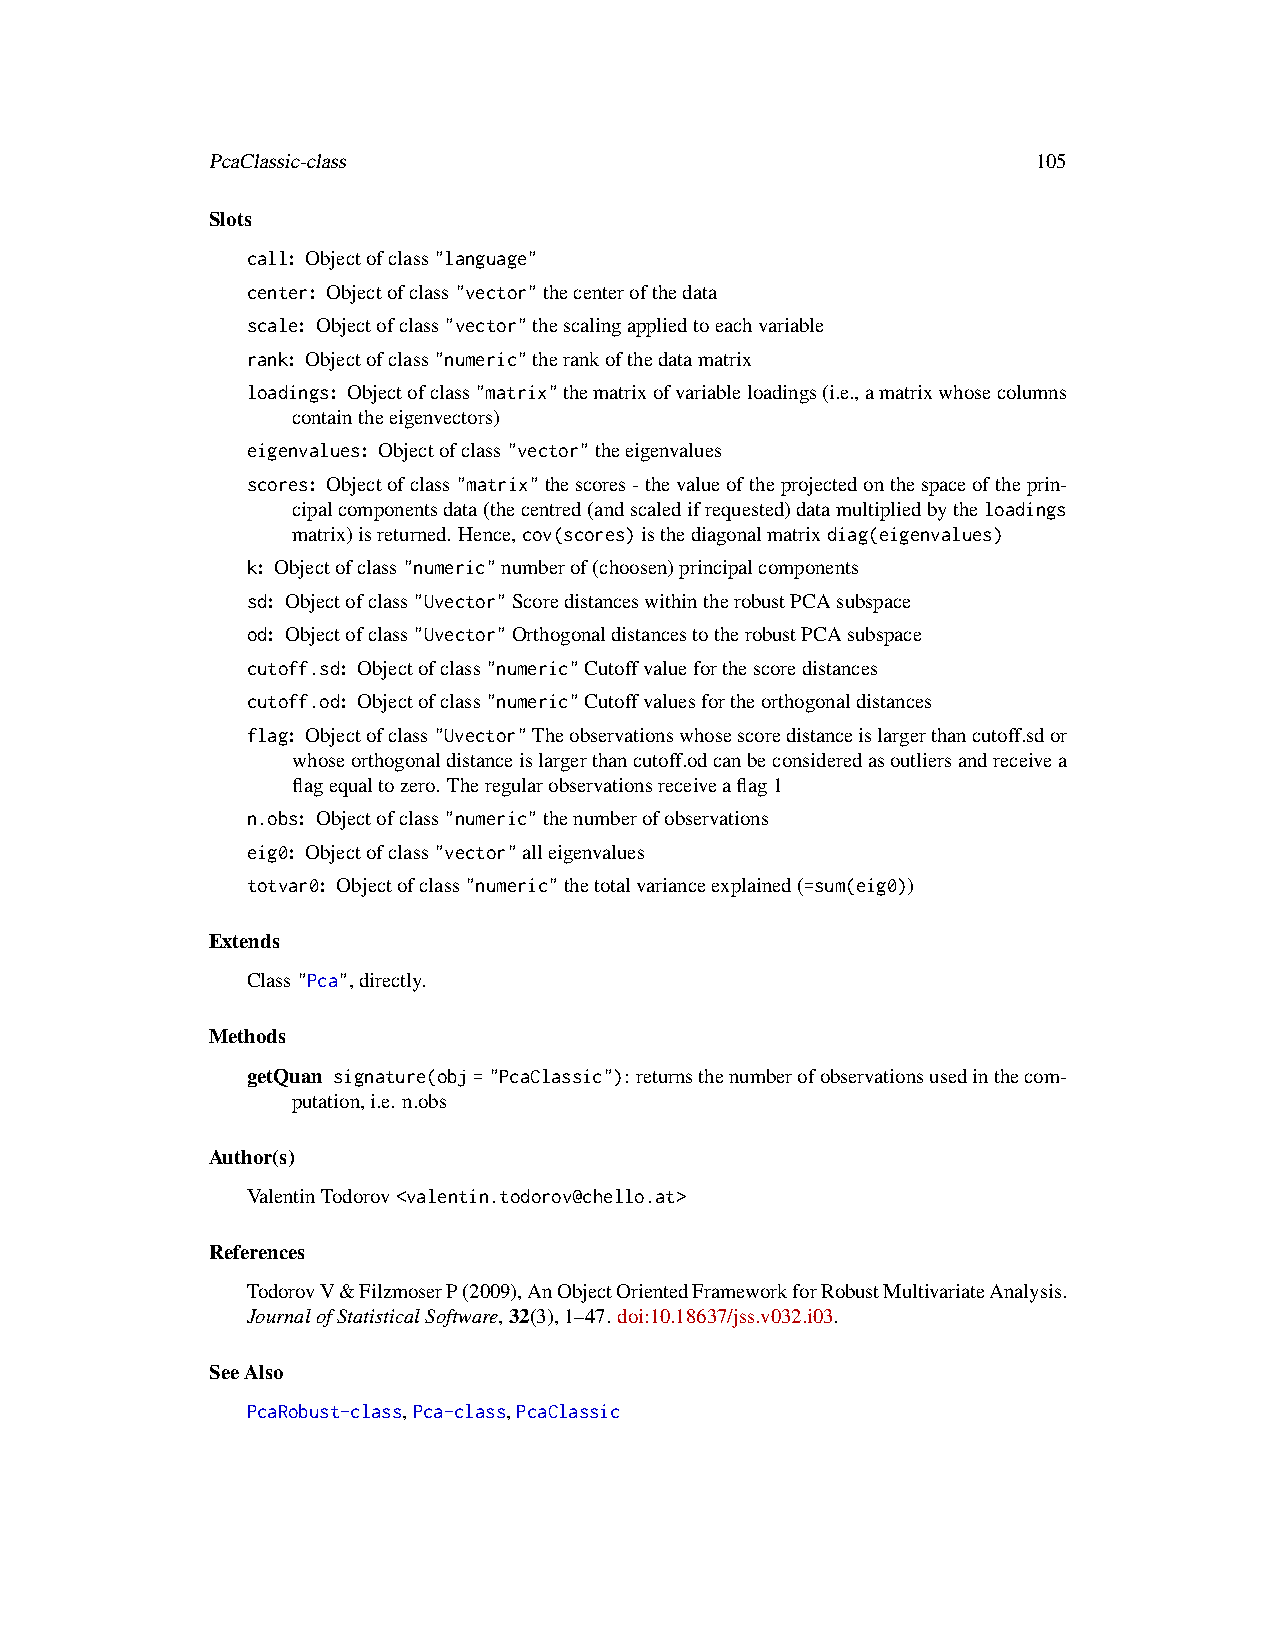
PcaClassic-class                                       105
 Slots
 call: Objectofclass"language"
 center: Objectofclass"vector"thecenterofthedata
 scale: Objectofclass"vector"thescalingappliedtoeachvariable
 rank: Objectofclass"numeric"therankofthedatamatrix
 loadings: Objectofclass"matrix"thematrixofvariableloadings(i.e.,amatrixwhosecolumns
 containtheeigenvectors)
 eigenvalues: Objectofclass"vector"theeigenvalues
 scores: Objectofclass"matrix"thescores-thevalueoftheprojectedonthespaceoftheprin-
 cipalcomponentsdata(thecentred(andscaledifrequested)datamultipliedbytheloadings
 matrix)isreturned. Hence,cov(scores)isthediagonalmatrixdiag(eigenvalues)
 k: Objectofclass"numeric"numberof(choosen)principalcomponents
 sd: Objectofclass"Uvector"ScoredistanceswithintherobustPCAsubspace
 od: Objectofclass"Uvector"OrthogonaldistancestotherobustPCAsubspace
 cutoff.sd: Objectofclass"numeric"Cutoffvalueforthescoredistances
 cutoff.od: Objectofclass"numeric"Cutoffvaluesfortheorthogonaldistances
 flag: Objectofclass"Uvector"Theobservationswhosescoredistanceislargerthancutoff.sdor
 whoseorthogonaldistanceislargerthancutoff.odcanbeconsideredasoutliersandreceivea
 flagequaltozero. Theregularobservationsreceiveaflag1
 n.obs: Objectofclass"numeric"thenumberofobservations
 eig0: Objectofclass"vector"alleigenvalues
 totvar0: Objectofclass"numeric"thetotalvarianceexplained(=sum(eig0))
 Extends
 Class"Pca",directly.
 Methods
 getQuan signature(obj="PcaClassic"): returnsthenumberofobservationsusedinthecom-
 putation,i.e. n.obs
 Author(s)
 ValentinTodorov<valentin.todorov@chello.at>
 References
 TodorovV&FilzmoserP(2009),AnObjectOrientedFrameworkforRobustMultivariateAnalysis.
 JournalofStatisticalSoftware,32(3),1–47. doi:10.18637/jss.v032.i03.
 SeeAlso
 PcaRobust-class,Pca-class,PcaClassic